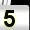
Digit: 5